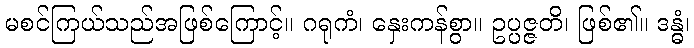
မစင်ကြယ်သည်အဖြစ်ကြောင့်။ ဂရုကံ၊ နှေးကန်စွာ။ ဥပ္ပဇ္ဇတိ၊ ဖြစ်၏။ ဒန္ဓံ၊